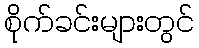
စိုက်ခင်းများတွင်